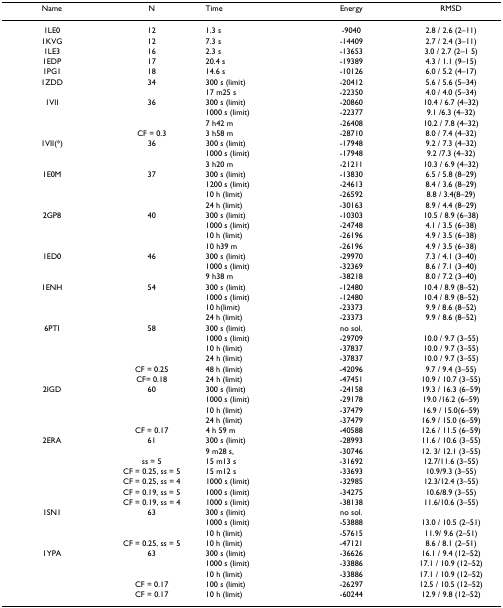
<table><thead><tr><td><b>Name</b></td><td><b>N</b></td><td><b>Time</b></td><td><b>Energy</b></td><td><b>RMSD</b></td></tr></thead><tbody><tr><td>1LE0</td><td>12</td><td>1.3 s</td><td>-9040</td><td>2.8 / 2.6 (2–11)</td></tr><tr><td>1KVG</td><td>12</td><td>7.3 s</td><td>-14409</td><td>2.7 / 2.4 (3–11)</td></tr><tr><td>1LE3</td><td>16</td><td>2.3 s</td><td>-13653</td><td>3.0 / 2.7 (2–15)</td></tr><tr><td>1EDP</td><td>17</td><td>20.4 s</td><td>-19389</td><td>4.3 / 1.1 (9–15)</td></tr><tr><td>1PG1</td><td>18</td><td>14.6 s</td><td>-10126</td><td>6.0 / 5.2 (4–17)</td></tr><tr><td>1ZDD</td><td>34</td><td>300 s (limit)</td><td>-20412</td><td>5.6 / 5.6 (5–34)</td></tr><tr><td></td><td></td><td>17 m25 s</td><td>-22350</td><td>4.0 / 4.0 (5–34)</td></tr><tr><td>1VII</td><td>36</td><td>300 s (limit)</td><td>-20860</td><td>10.4 / 6.7 (4–32)</td></tr><tr><td></td><td></td><td>1000 s (limit)</td><td>-22377</td><td>9.1 /6.3 (4–32)</td></tr><tr><td></td><td></td><td>7 h42 m</td><td>-26408</td><td>10.2 / 7.8 (4–32)</td></tr><tr><td></td><td>CF = 0.3</td><td>3 h58 m</td><td>-28710</td><td>8.0 / 7.4 (4–32)</td></tr><tr><td>1VII(*)</td><td>36</td><td>300 s (limit)</td><td>-17948</td><td>9.2 / 7.3 (4–32)</td></tr><tr><td></td><td></td><td>1000 s (limit)</td><td>-17948</td><td>9.2 /7.3 (4–32)</td></tr><tr><td></td><td></td><td>3 h20 m</td><td>-21211</td><td>10.3 / 6.9 (4–32)</td></tr><tr><td>1E0M</td><td>37</td><td>300 s (limit)</td><td>-13830</td><td>6.5 / 5.8 (8–29)</td></tr><tr><td></td><td></td><td>1200 s (limit)</td><td>-24613</td><td>8.4 / 3.6 (8–29)</td></tr><tr><td></td><td></td><td>10 h (limit)</td><td>-26592</td><td>8.8 / 3.4(8–29)</td></tr><tr><td></td><td></td><td>24 h (limit)</td><td>-30163</td><td>8.9 / 4.4 (8–29)</td></tr><tr><td>2GP8</td><td>40</td><td>300 s (limit)</td><td>-10303</td><td>10.5 / 8.9 (6–38)</td></tr><tr><td></td><td></td><td>1000 s (limit)</td><td>-24748</td><td>4.1 / 3.5 (6–38)</td></tr><tr><td></td><td></td><td>10 h (limit)</td><td>-26196</td><td>4.9 / 3.5 (6–38)</td></tr><tr><td></td><td></td><td>10 h39 m</td><td>-26196</td><td>4.9 / 3.5 (6–38)</td></tr><tr><td>1ED0</td><td>46</td><td>300 s (limit)</td><td>-29970</td><td>7.3 / 4.1 (3–40)</td></tr><tr><td></td><td></td><td>1000 s (limit)</td><td>-32369</td><td>8.6 / 7.1 (3–40)</td></tr><tr><td></td><td></td><td>9 h38 m</td><td>-38218</td><td>8.0 / 7.2 (3–40)</td></tr><tr><td>1ENH</td><td>54</td><td>300 s (limit)</td><td>-12480</td><td>10.4 / 8.9 (8–52)</td></tr><tr><td></td><td></td><td>1000 s (limit)</td><td>-12480</td><td>10.4 / 8.9 (8–52)</td></tr><tr><td></td><td></td><td>10 h(limit)</td><td>-23373</td><td>9.9 / 8.6 (8–52)</td></tr><tr><td></td><td></td><td>24 h (limit)</td><td>-23373</td><td>9.9 / 8.6 (8–52)</td></tr><tr><td>6PTI</td><td>58</td><td>300 s (limit)</td><td>no sol.</td><td></td></tr><tr><td></td><td></td><td>1000 s (limit)</td><td>-29709</td><td>10.0 / 9.7 (3–55)</td></tr><tr><td></td><td></td><td>10 h (limit)</td><td>-37837</td><td>10.0 / 9.7 (3–55)</td></tr><tr><td></td><td></td><td>24 h (limit)</td><td>-37837</td><td>10.0 / 9.7 (3–55)</td></tr><tr><td></td><td>CF = 0.25</td><td>48 h (limit)</td><td>-42096</td><td>9.7 / 9.4 (3–55)</td></tr><tr><td></td><td>CF= 0.18</td><td>24 h (limit)</td><td>-47451</td><td>10.9 / 10.7 (3–55)</td></tr><tr><td>2IGD</td><td>60</td><td>300 s (limit)</td><td>-24158</td><td>19.3 / 16.3 (6–59)</td></tr><tr><td></td><td></td><td>1000 s (limit)</td><td>-29178</td><td>19.0 /16.2 (6–59)</td></tr><tr><td></td><td></td><td>10 h (limit)</td><td>-37479</td><td>16.9 / 15.0(6–59)</td></tr><tr><td></td><td></td><td>24 h (limit)</td><td>-37479</td><td>16.9 / 15.0 (6–59)</td></tr><tr><td></td><td>CF = 0.17</td><td>4 h 59 m</td><td>-40588</td><td>12.6 / 11.5 (6–59)</td></tr><tr><td>2ERA</td><td>61</td><td>300 s (limit)</td><td>-28993</td><td>11.6 / 10.6 (3–55)</td></tr><tr><td></td><td></td><td>9 m28 s,</td><td>-30746</td><td>12. 3/ 12.1 (3–55)</td></tr><tr><td></td><td>ss = 5</td><td>15 m13 s</td><td>-31692</td><td>12.7/11.6 (3–55)</td></tr><tr><td></td><td>CF = 0.25, ss = 5</td><td>15 m12 s</td><td>-33693</td><td>10.9/9.3 (3–55)</td></tr><tr><td></td><td>CF = 0.25, ss = 4</td><td>1000 s (limit)</td><td>-32985</td><td>12.3/12.4 (3–55)</td></tr><tr><td></td><td>CF = 0.19, ss = 5</td><td>1000 s (limit)</td><td>-34275</td><td>10.6/8.9 (3–55)</td></tr><tr><td></td><td>CF = 0.19, ss = 4</td><td>1000 s (limit)</td><td>-38138</td><td>11.6/10.6 (3–55)</td></tr><tr><td>1SN1</td><td>63</td><td>300 s (limit)</td><td>no sol.</td><td></td></tr><tr><td></td><td></td><td>1000 s (limit)</td><td>-53888</td><td>13.0 / 10.5 (2–51)</td></tr><tr><td></td><td></td><td>10 h (limit)</td><td>-57615</td><td>11.9/ 9.6 (2–51)</td></tr><tr><td></td><td>CF = 0.25, ss = 5</td><td>10 h (limit)</td><td>-47121</td><td>8.6 / 8.1 (2–51)</td></tr><tr><td>1YPA</td><td>63</td><td>300 s (limit)</td><td>-36626</td><td>16.1 / 9.4 (12–52)</td></tr><tr><td></td><td></td><td>1000 s (limit)</td><td>-33886</td><td>17.1 / 10.9 (12–52)</td></tr><tr><td></td><td></td><td>10 h (limit)</td><td>-33886</td><td>17.1 / 10.9 (12–52)</td></tr><tr><td></td><td>CF = 0.17</td><td>100 s (limit)</td><td>-26297</td><td>12.5 / 10.5 (12–52)</td></tr><tr><td></td><td>CF = 0.17</td><td>10 h (limit)</td><td>-60244</td><td>12.9 / 9.8 (12–52)</td></tr></tbody></table>